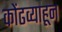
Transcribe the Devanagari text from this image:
कोंढव्याहून